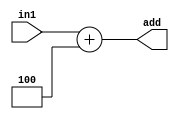
`timescale 1ns / 1ps
//////////////////////////////////////////////////////////////////////////////////
// Company: 
// Engineer: 
// 
// Design Name: 
// Module Name: pc_add
// Project Name: 
// Target Devices: 
// Tool Versions: 
// Description: 
// 
// Dependencies: 
// 
// Revision:
// Revision 0.01 - File Created
// Additional Comments:
// 
//////////////////////////////////////////////////////////////////////////////////


module pc_add(
input wire [31:0] in1,
output wire [31:0] add
    );
    
    assign add = in1 + 32'd4;
endmodule